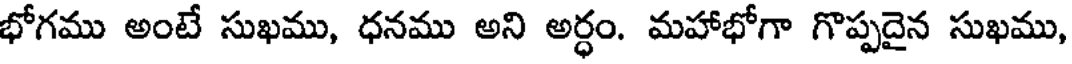
భోగము అంటే సుఖము, ధనము అని అర్ధం. మహాభోగా గొప్పదైన సుఖము,